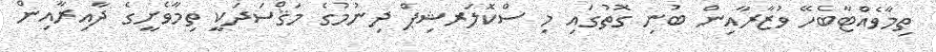
ތިމާވެއްޓާބެހޭ ވުޒާރާއިން ބުނި ގޮތުގައި މި ސްކޮލަރޝިޕް ދިނުމުގެ މަޤްސަދަކީ ތިމާވެށީގެ ދާއިރާއިން